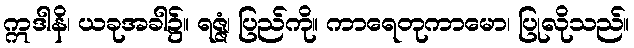
ဣဒါနိ၊ ယခုအခါ၌။ ရဇ္ဇံ၊ ပြည်ကို။ ကာရေတုကာမော၊ ပြုလိုသည်။